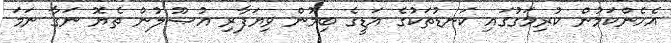
އެހެންކަމުން ކުރިމަގުގައި ކަނޑުތަކުގެ އަޑީގެ ބިމުން ވިޔަފާރި އުޞޫލުން ތެޔޮ ނަގާ ނަމަ